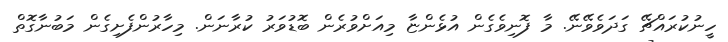
ހީނުކުރައްޗޭ ގަދަވެވޭނޭ. މާ ފޮނިވެގެން އުޅެންޏާ މިއަށްވުރެން ބޮޑުވަރު ކުރާނަން. މިހާރުންފެށިގެން މަބުނާގޮތް